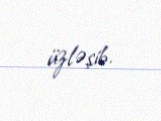
üzləşib.